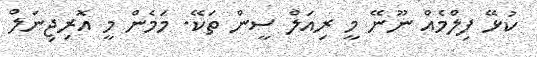
ކުޅޭ ފިލްމެއް ނޫނޭ މީ ރިއަލް ސީން ތަކޭ. މަމެން މީ އޮރިޖިނަލް